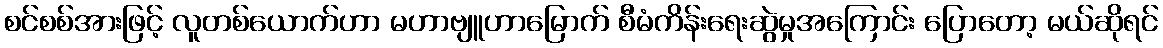
စင်စစ်အားဖြင့် လူတစ်ယောက်ဟာ မဟာဗျူဟာမြောက် စီမံကိန်းရေးဆွဲမှုအကြောင်း ပြောတော့ မယ်ဆိုရင်